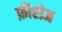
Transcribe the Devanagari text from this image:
फ़ीरोज